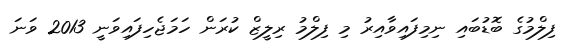
ފިލްމުގެ ބޮޑުބައި ނިމިފައިވާއިރު މި ފިލްމު ރިލީޒް ކުރަން ހަމަޖެހިފައިވަނީ 2013 ވަނަ